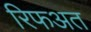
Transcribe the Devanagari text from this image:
रिफअत